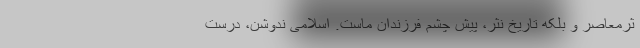
ثرمعاصر و بلکه تاریخ نثر، پیش چشم فرزندان ماست. اسلامی ندوشن، درست